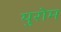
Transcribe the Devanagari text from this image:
युरोम